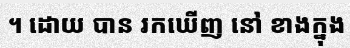
។ ដោយ បាន រកឃើញ នៅ ខាងក្នុង